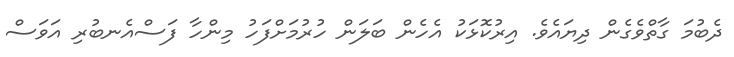
ދެބުމަ ގާތްވެގެން ދިޔައެވެ. އިރުކޮޅަކު އެހެން ބަލަން ހުުރުމަށްފަހު މިންހާ ފަސްއެނބުރި އަވަސް